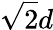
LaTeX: \sqrt{2}d